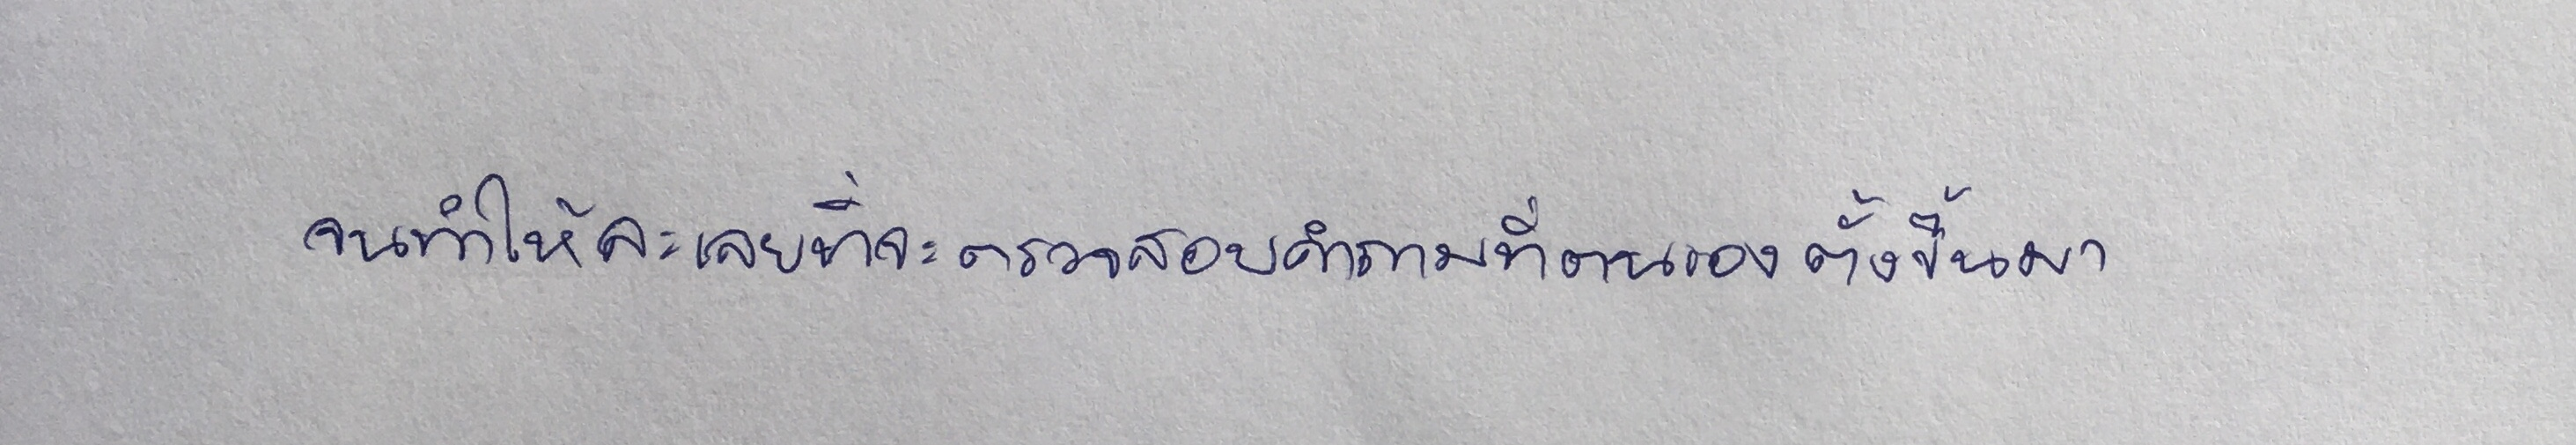
จนทำให้ละเลยที่จะตรวจสอบคำถามที่ตนเองตั้งขึ้นมา